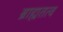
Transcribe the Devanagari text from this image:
ब्राह्मतत्व